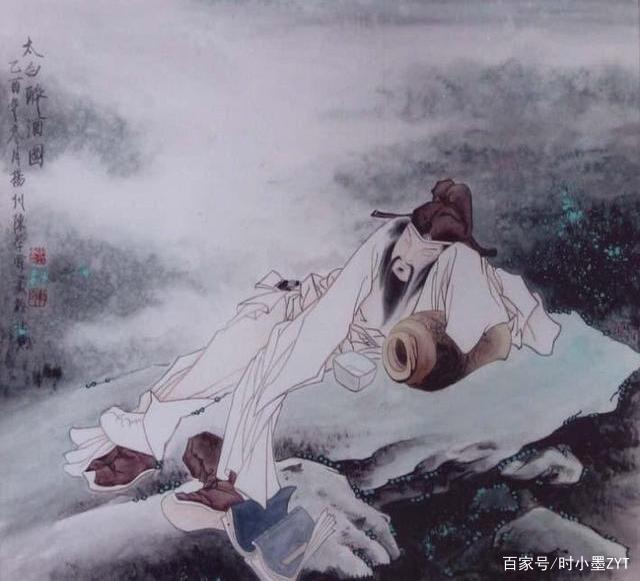
我歌月徘徊，我舞影零乱。